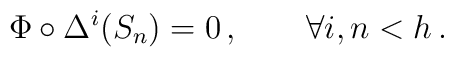
\Phi \circ \Delta^i(S_n) = 0\,, \qquad \forall i, n < h \,.